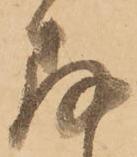
存